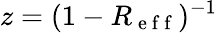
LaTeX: z=(1-R_{\mathrm{~e~f~f~}})^{-1}